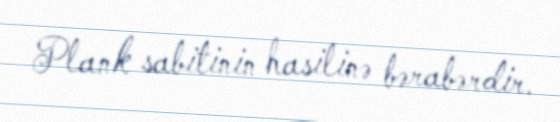
Plank sabitinin hasilinə bərabərdir.